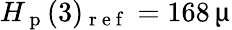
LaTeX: H_{\mathrm{~p~}}(3)_{\mathrm{~r~e~f~}}=168\, \upmu